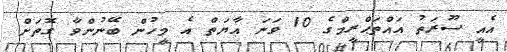
އެއީ ސޫރަތު އައްތަޙްރީމްގެ 10 ވަނަ އާޔަތް އެ މީހުން ބޭނުންވާ ގޮތަށް